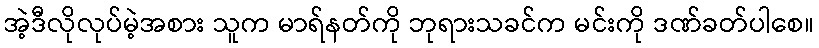
အဲ့ဒီလိုလုပ်မဲ့အစား သူက မာရ်နတ်ကို ဘုရားသခင်က မင်းကို ဒဏ်ခတ်ပါစေ။